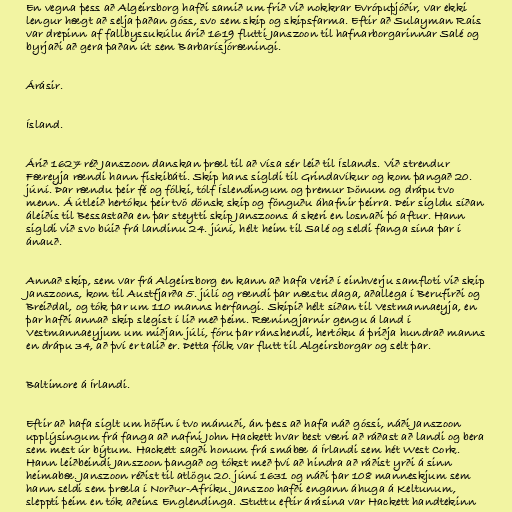
En vegna þess að Algeirsborg hafði samið um frið við nokkrar Evrópuþjóðir, var ekki
lengur hægt að selja þaðan góss, svo sem skip og skipsfarma. Eftir að Sulayman Rais
var drepinn af fallbyssukúlu árið 1619 flutti Janszoon til hafnarborgarinnar Salé og
byrjaði að gera þaðan út sem Barbarísjóræningi.

Árásir.

Ísland.

Árið 1627 réð Janszoon danskan þræl til að vísa sér leið til Íslands. Við strendur
Færeyja rændi hann fiskibáti. Skip hans sigldi til Grindavíkur og kom þangað 20.
júní. Þar rændu þeir fé og fólki, tólf Íslendingum og þremur Dönum og drápu tvo
menn. Á útleið hertóku þeir tvö dönsk skip og fönguðu áhafnir þeirra. Þeir sigldu síðan
áleiðis til Bessastaða en þar steytti skip Janszoons á skeri en losnaði þó aftur. Hann
sigldi við svo búið frá landinu 24. júní, hélt heim til Salé og seldi fanga sína þar í
ánauð.

Annað skip, sem var frá Algeirsborg en kann að hafa verið í einhverju samfloti við skip
Janszoons, kom til Austfjarða 5. júlí og rændi þar næstu daga, aðallega í Berufirði og
Breiðdal, og tók þar um 110 manns herfangi. Skipið hélt síðan til Vestmannaeyja, en
þar hafði annað skip slegist í lið með þeim. Ræningjarnir gengu á land í
Vestmannaeyjum um miðjan júlí, fóru þar ránshendi, hertóku á þriðja hundrað manns
en drápu 34, að því er talið er. Þetta fólk var flutt til Algeirsborgar og selt þar.

Baltimore á Írlandi.

Eftir að hafa siglt um höfin í tvo mánuði, án þess að hafa náð góssi, náði Janszoon
upplýsingum frá fanga að nafni John Hackett hvar best væri að ráðast að landi og bera
sem mest úr býtum. Hackett sagði honum frá smábæ á Írlandi sem hét West Cork.
Hann leiðbeindi Janszoon þangað og tókst með því að hindra að ráðist yrði á sinn
heimabæ. Janszoon réðist til atlögu 20. júní 1631 og náði þar 108 manneskjum sem
hann seldi sem þræla í Norður-Afríku. Janszoo hafði engann áhuga á Keltunum,
sleppti þeim en tók aðeins Englendinga. Stuttu eftir árásina var Hackett handtekinn